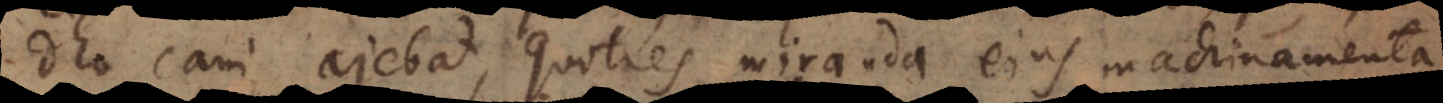
Deo cani ajebat, quoties miranda ejus machinamenta